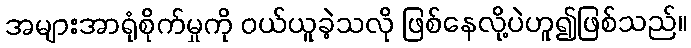
အများအာရုံစိုက်မှုကို ဝယ်ယူခဲ့သလို ဖြစ်နေလို့ပဲဟူ၍ဖြစ်သည်။